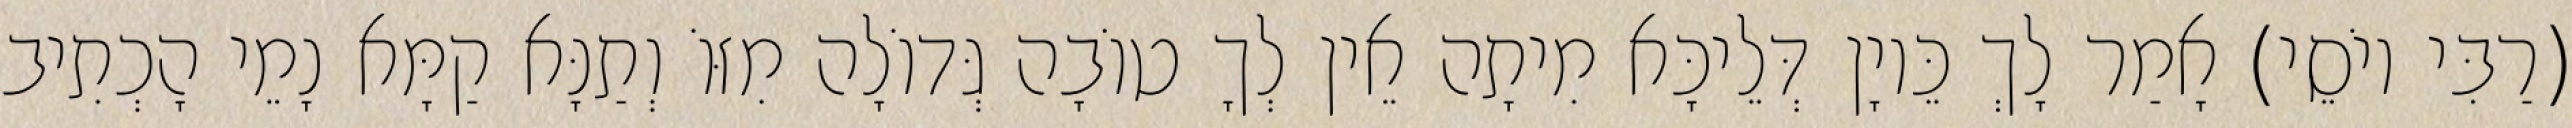
(רַבִּי יוֹסֵי) אָמַר לָךְ כֵּיוָן דְּלֵיכָּא מִיתָה אֵין לְךָ טוֹבָה גְּדוֹלָה מִזּוֹ וְתַנָּא קַמָּא נָמֵי הָכְתִיב